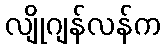
လျိုဂျန်လန်က